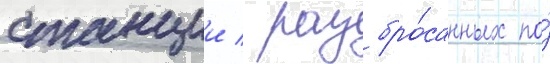
станции / разбро́санных по́